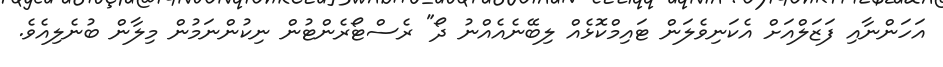
އަހަންނާއި ފަޒަލްއަށް އެކަނިވެލަން ޓައިމްކޮޅެއް ލިބޭނެއެއްނު ދޯ" ރެސްޓޯރެންޓުން ނިކުންނަމުން މިލާން ބުނެލިއެވެ.